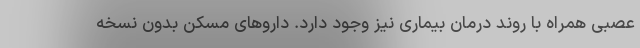
عصبی همراه با روند درمان بیماری نیز وجود دارد. داروهای مسکن بدون نسخه